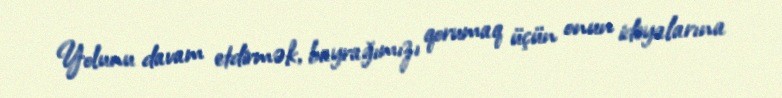
Yolunu davam etdirmək, bayrağımızı qorumaq üçün onun ideyalarına